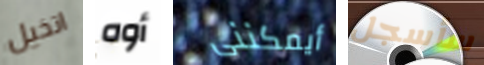
اتخيل أوه أيمكننى سأسجل